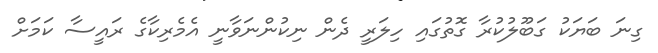
ގިނަ ބަޔަކު ގަބޫލުކުރާ ގޮތުގައި ހިލަރީ ދެން ނިކުންނަވާނީ އެމެރިކާގެ ރައީސާ ކަމަށް